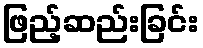
ဖြည့်ဆည်းခြင်း